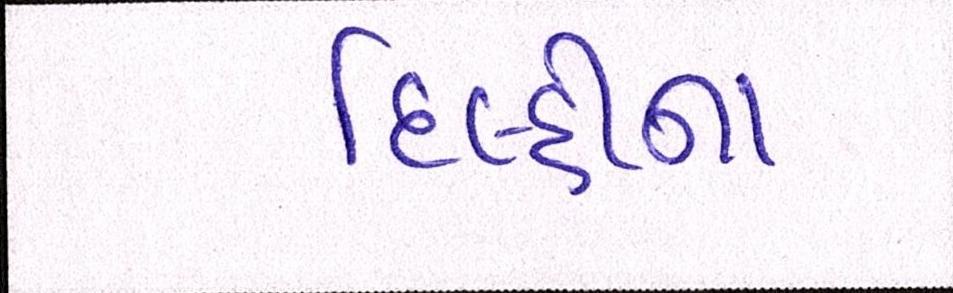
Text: દિલ્હીના